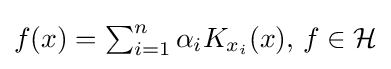
{\textstyle f(x)=\sum _{i=1}^{n}\alpha _{i}K_{x_{i}}(x),\,f\in {\mathcal {H}}}